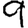
Digit: 9